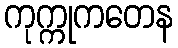
ကုက္ကုကတေန